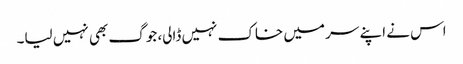
اس نے اپنے سر میں خاک نہیں ڈالی، جوگ بھی نہیں لیا۔